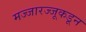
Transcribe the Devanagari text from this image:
मज्जारज्जूकडून